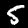
Label: 5